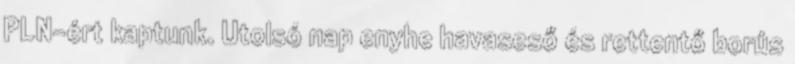
PLN-ért kaptunk. Utolsó nap enyhe havaseső és rettentő borús